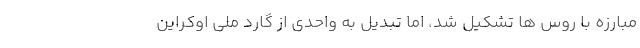
مبارزه با روس ها تشکیل شد، اما تبدیل به واحدی از گارد ملی اوکراین